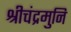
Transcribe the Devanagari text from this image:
श्रीचंद्रमुनि